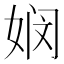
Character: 𮱆